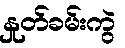
နှုတ်ခမ်းကွဲ